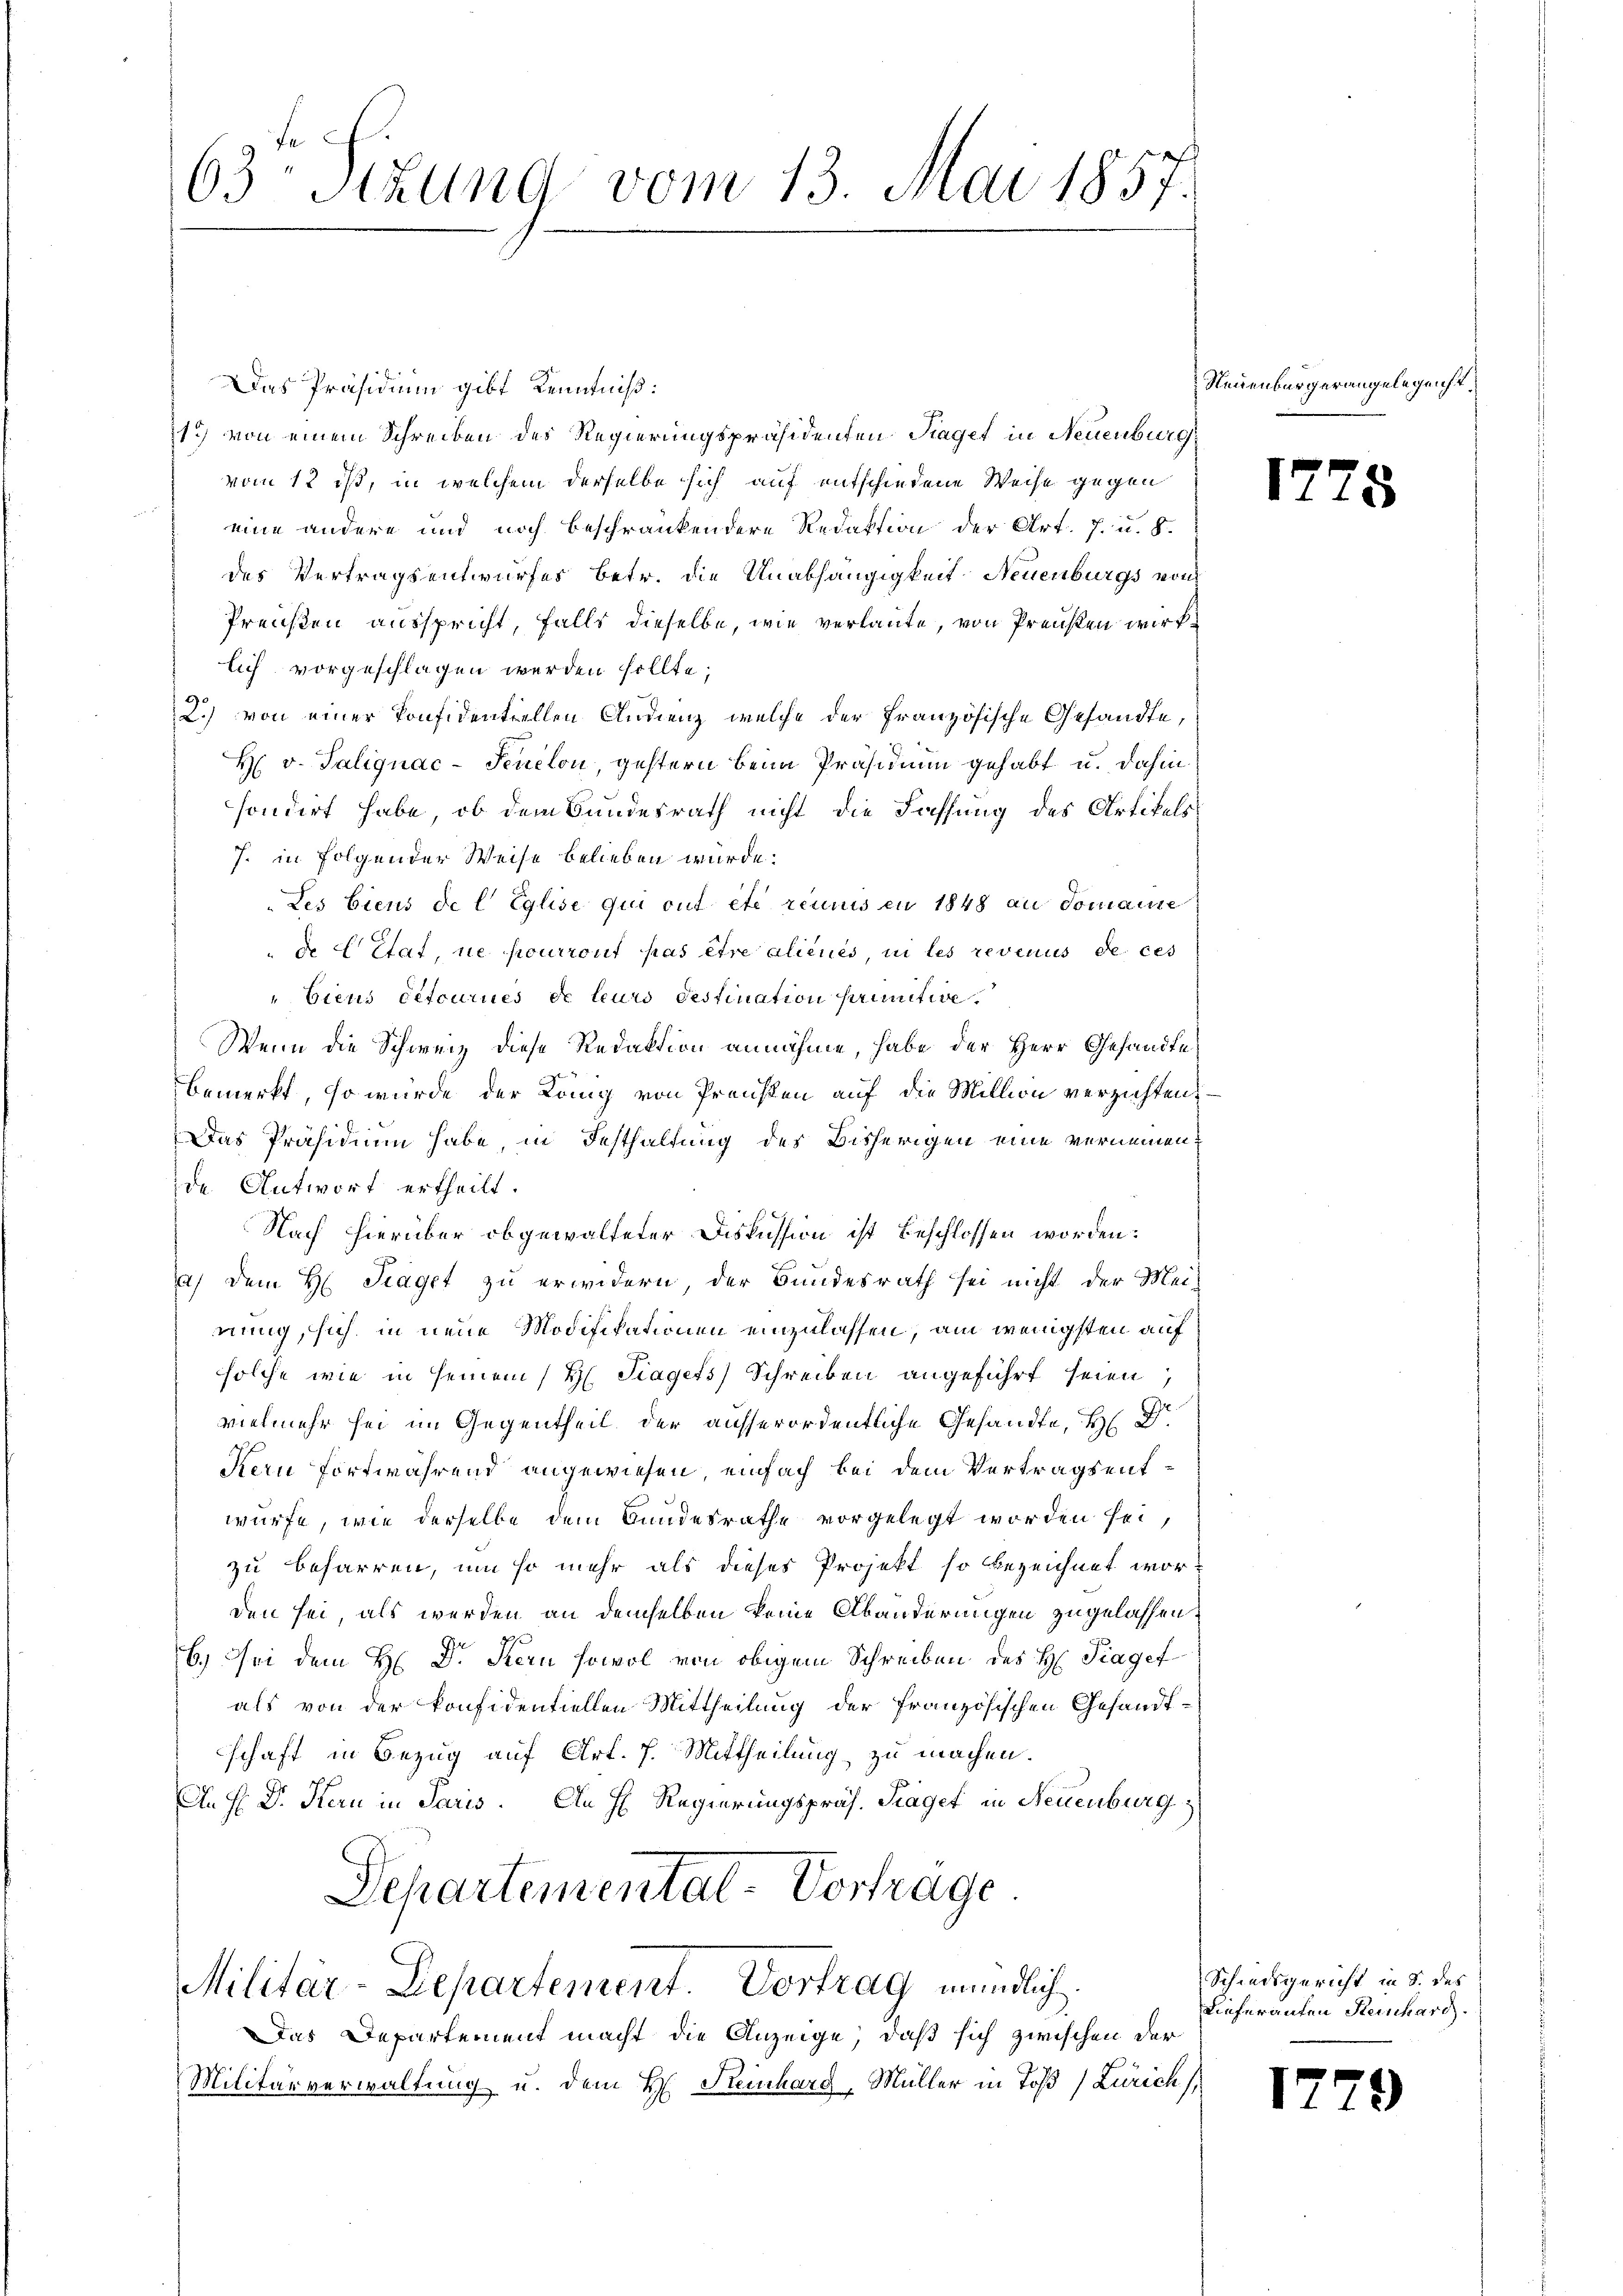
63 Sizung vom 13. Mai 1857

Das Präsidium gibt Kenntniß:
1.) Von einem Schreiben des Regierungspräsidenten Taget in Neuenburg,
vom 12 ist, in welchem derselbe sich auf entschiedene Weise gegen
eine andere und noch beschränkendere Redaktion der Art. 7. u. 8.
des Vertragsentwurfes betr. die Unabhängigkeit Neuenburgs von
Preußen ausspricht, falls dieselbe, wie verlaute, von Preußen wirklich vorgeschlagen werden sollte;
2.) von einer Konsidentiellen Andienz, welche der französische Gesandte,
H. v. Talignac-Feuelon, gestern beim Präsidium gehabt u. dahin
sondert habe, ob dem Bundesrath nicht die Fassung des Artikels
7. in folgender Weise belieben wurde.
Les biens de l Eglise qui ont etc. reinis en 1848 an domaine
de Etat, ne pourront pas être aliénés, in les revenus de ces
„biens détournes de leurs destination prinitive
Wenn die Schweiz diese Redaktion annähme, habe der Herr Gesandte
bemerkt, so wurde der König von Preusten auf die Million verzichten
Das Präsidium habe, in Festhaltung des Bisherigen eine vernennen.
de Antwort ertheilt.
Nach hierüber obgewalteter Diskussion ist beschlossen worden:
a) dem H. Traget zu erwidern, der Bundesrath sei nicht der Mei-
nung, sich, in neue Modifikationen einzulassen, am wenigsten auf
solche wie in seinem H. Trages Schreiben angeführt seien,
vielmehr sei im Gegentheil der ausserordentliche Gesandte, H. Dr.
Kern fortwährend angewiesen, einfach bei dem Vertragsentwürfe, wie derselbe dem Bundesrathe vorgelegt worden sei,
zu beharren, um so mehr als dieses Projekt so bezeichnet worden sei, als werden an demselben keine Abänderungen zugelassen.
6.) Sei dem H. Dr. Stern sowol von obigem Schreiben des H. Traget
als von der konfidentiellen Mittheilung der französischen Gesandt-
schaft in Bezug auf Art. 7. Mittheilung zu machen.
An H. Dr. Hern in Paris. An H. Regierungspräs. Traget in Neuenburg
Schartementat-Vortrage

Militär-Departement. Vortrag mündlich.

Das Departement macht die Anzeige, daß sich zwischen der
Militärverwaltung u. dem H. Steinhard, Müller in Toß (Zürich

Neuenburgerangelegenst¬

17.

Schiedsgericht in S. des
Lieferaufen Steinhard.

17.

s

2)